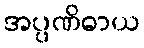
အပ္ပဏိဓာယ